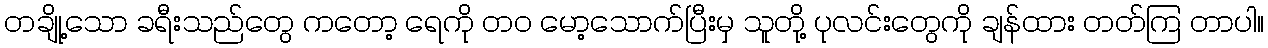
တချို့သော ခရီးသည်တွေ ကတော့ ရေကို တ၀ မော့သောက်ပြီးမှ သူတို့ ပုလင်းတွေကို ချန်ထား တတ်ကြ တာပါ။